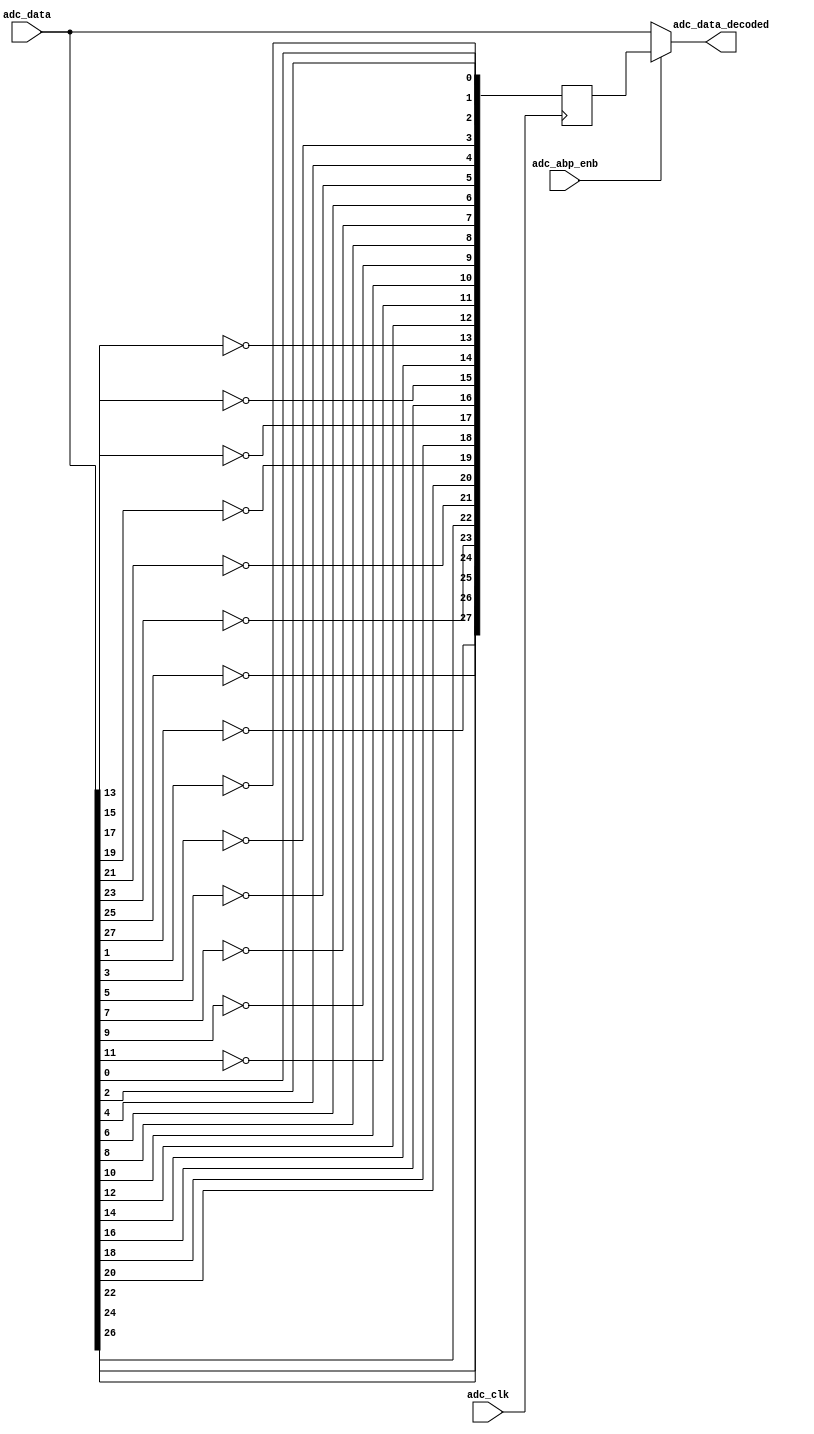
// ***************************************************************************
// ***************************************************************************
// Copyright (C) 2022-2023 Analog Devices, Inc. All rights reserved.
//
// In this HDL repository, there are many different and unique modules, consisting
// of various HDL (Verilog or VHDL) components. The individual modules are
// developed independently, and may be accompanied by separate and unique license
// terms.
//
// The user should read each of these license terms, and understand the
// freedoms and responsibilities that he or she has by using this source/core.
//
// This core is distributed in the hope that it will be useful, but WITHOUT ANY
// WARRANTY; without even the implied warranty of MERCHANTABILITY or FITNESS FOR
// A PARTICULAR PURPOSE.
//
// Redistribution and use of source or resulting binaries, with or without modification
// of this file, are permitted under one of the following two license terms:
//
//   1. The GNU General Public License version 2 as published by the
//      Free Software Foundation, which can be found in the top level directory
//      of this repository (LICENSE_GPL2), and also online at:
//      <https://www.gnu.org/licenses/old-licenses/gpl-2.0.html>
//
// OR
//
//   2. An ADI specific BSD license, which can be found in the top level directory
//      of this repository (LICENSE_ADIBSD), and also on-line at:
//      https://github.com/analogdevicesinc/hdl/blob/master/LICENSE_ADIBSD
//      This will allow to generate bit files and not release the source code,
//      as long as it attaches to an ADI device.
//
// ***************************************************************************
// ***************************************************************************
// ADC ALTERNATE BIT POLARITY DECODE

`timescale 1ns/100ps

module axi_adaq8092_apb_decode (

  input      [27:0]      adc_data,
  input                  adc_clk,
  input                  adc_abp_enb,
  output     [27:0]      adc_data_decoded
);

  // internal registers

  reg        [27:0]      adc_data_decoded_s;

  // internal variable

  integer i;

  assign adc_data_decoded = adc_abp_enb ? adc_data_decoded_s : adc_data ;

  always @(posedge adc_clk) begin
    for (i = 0; i <= 13; i = i + 1) begin
      adc_data_decoded_s[2*i+1] = ~adc_data[2*i+1];
      adc_data_decoded_s[2*i] = adc_data[2*i];
    end
  end

endmodule